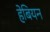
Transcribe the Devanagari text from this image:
हेबियन